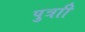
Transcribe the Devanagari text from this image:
पुत्राी